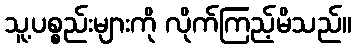
သူ့ပစ္စည်းများကို လိုက်ကြည့်မိသည်။